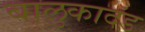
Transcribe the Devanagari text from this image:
बालुकादंड